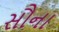
સૌના